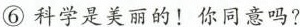
⑥科学是美丽的！你同意吗?